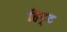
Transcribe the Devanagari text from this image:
हिट्ट